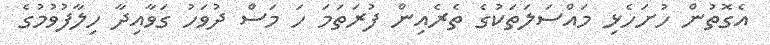
އެގޮތުން ހުށަހެޅި މައްސަލަތަކުގެ ތެރެއިން ފުރަތަމަ ހަ މަސް ދުވަހު ގަވާއިދާ ހިލާފުވުމުގެ